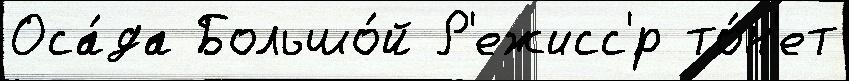
Оса́да Большо́й Р'ежисс'́р то́н'ет